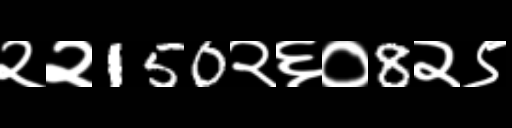
Text: २२150२६०8२९